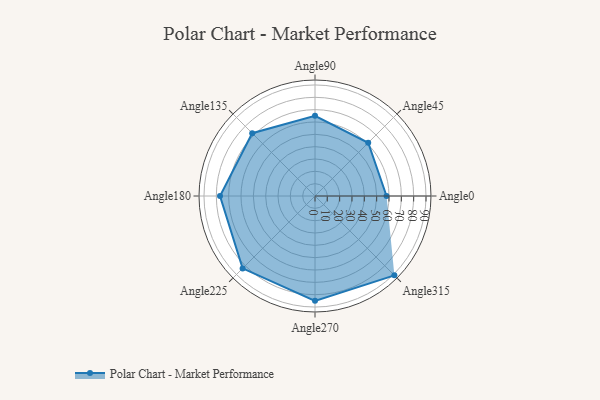
{"axis": {"x": "Angle", "y": "Radius"}, "legend": [""], "data": [{"x": "Angle0", "y": 58.0, "type": ""}, {"x": "Angle45", "y": 61.0, "type": ""}, {"x": "Angle90", "y": 65.0, "type": ""}, {"x": "Angle135", "y": 72.0, "type": ""}, {"x": "Angle180", "y": 77.0, "type": ""}, {"x": "Angle225", "y": 83.0, "type": ""}, {"x": "Angle270", "y": 85.0, "type": ""}, {"x": "Angle315", "y": 91.0, "type": ""}]}